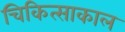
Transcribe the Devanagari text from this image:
चिकित्साकाल